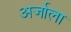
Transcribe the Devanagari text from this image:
अर्जाला